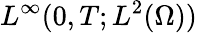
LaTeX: L^{\infty}(0,T;L^{2}(\Omega))